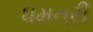
ધમતરી